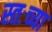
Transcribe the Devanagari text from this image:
स्तःच्या